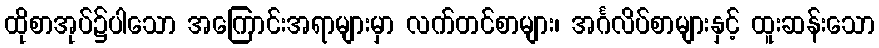
ထိုစာအုပ်၌ပါသော အကြောင်းအရာများမှာ လက်တင်စာများ၊ အင်္ဂလိပ်စာများနှင့် ထူးဆန်းသော